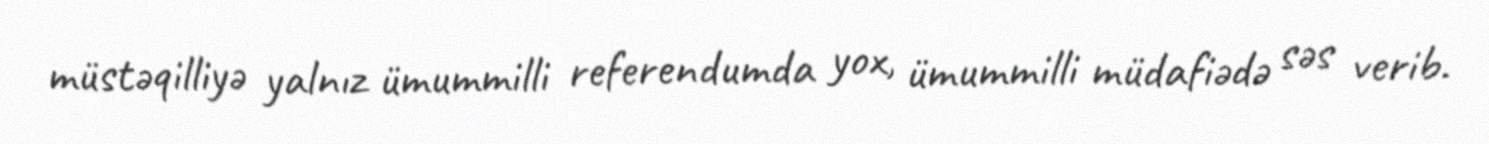
müstəqilliyə yalnız ümummilli referendumda yox, ümummilli müdafiədə səs verib.